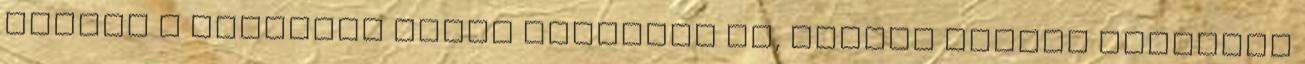
utóbbi a prófécia akkor hangzott el, miután Izrael megvívta